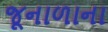
જૂનાળાના